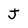
Character: J